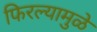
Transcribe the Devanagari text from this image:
फिरल्यामुळे